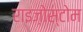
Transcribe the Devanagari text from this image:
राइज़ोस्टोम